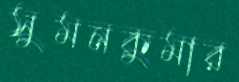
সুমনকুমার